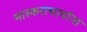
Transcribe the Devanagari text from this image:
भास्कराचार्यांना